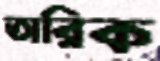
তারিক